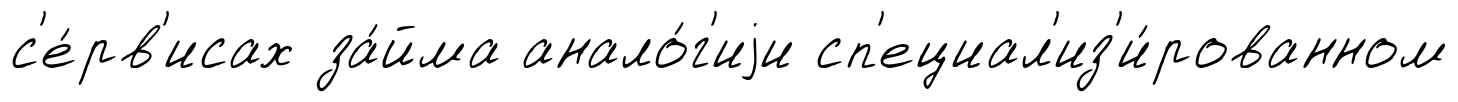
с'е́рв'исах за́йма анало́г'иjи сп'ециал'из'и́рованном